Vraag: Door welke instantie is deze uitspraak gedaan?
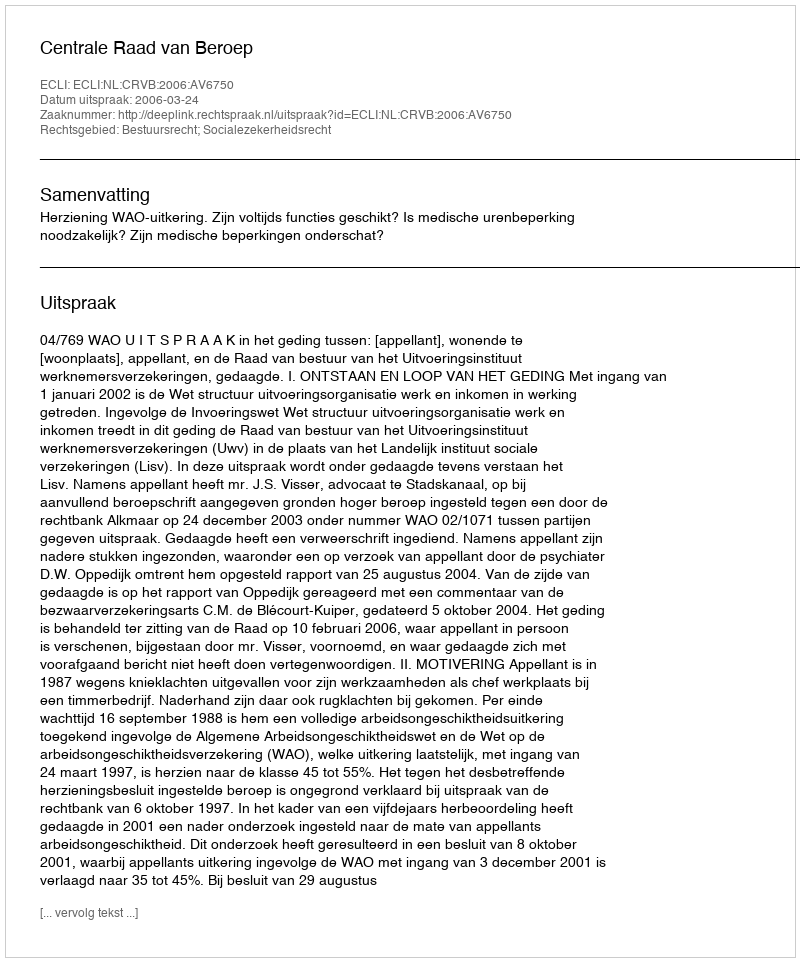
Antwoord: Centrale Raad van Beroep